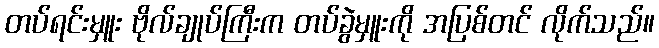
တပ်ရင်းမှူး ဗိုလ်ချုပ်ကြီးက တပ်ခွဲမှူးကို အပြစ်တင် လိုက်သည်။